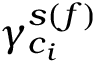
\gamma _ { c _ { i } } ^ { s ( f ) }